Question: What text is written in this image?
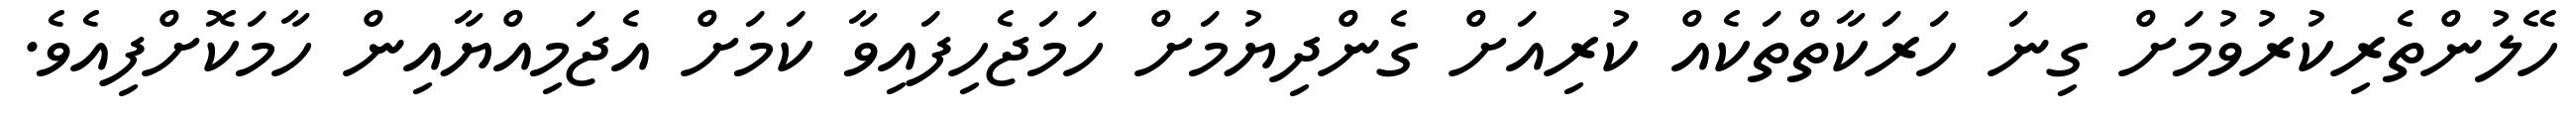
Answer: ހޭލުންތެރިކުރުވުމަށް ގިނަ ހަރަކާތްތަކެއް ކުރިއަށް ގެންދިޔުމަށް ހަމަޖެހިފައިވާ ކަމަށް އެޖަމިއްޔާއިން ހާމަކޮށްފިއެވެ.